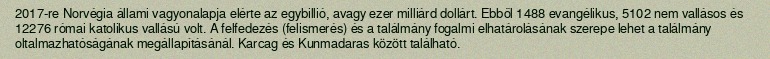
2017-re Norvégia állami vagyonalapja elérte az egybillió, avagy ezer milliárd dollárt. Ebből 1488 evangélikus, 5102 nem vallásos és 12276 római katolikus vallású volt. A felfedezés (felismerés) és a találmány fogalmi elhatárolásának szerepe lehet a találmány oltalmazhatóságának megállapításánál. Karcag és Kunmadaras között található.